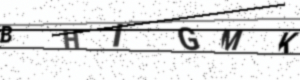
Text: BHIGMK